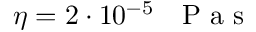
\eta = 2 \cdot 1 0 ^ { - 5 } \textrm { ~ P a s }